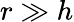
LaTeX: r\gg h